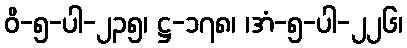
ဝိ-၅-ပါ-၂၃၅၊ ဋ္ဌ-၁၇၈၊ ၊အံ-၅-ပါ-၂၂၆၊